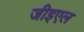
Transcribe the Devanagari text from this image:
जीइएल